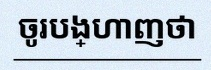
ចូរបង្ហាញថា